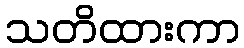
သတိထားကာ